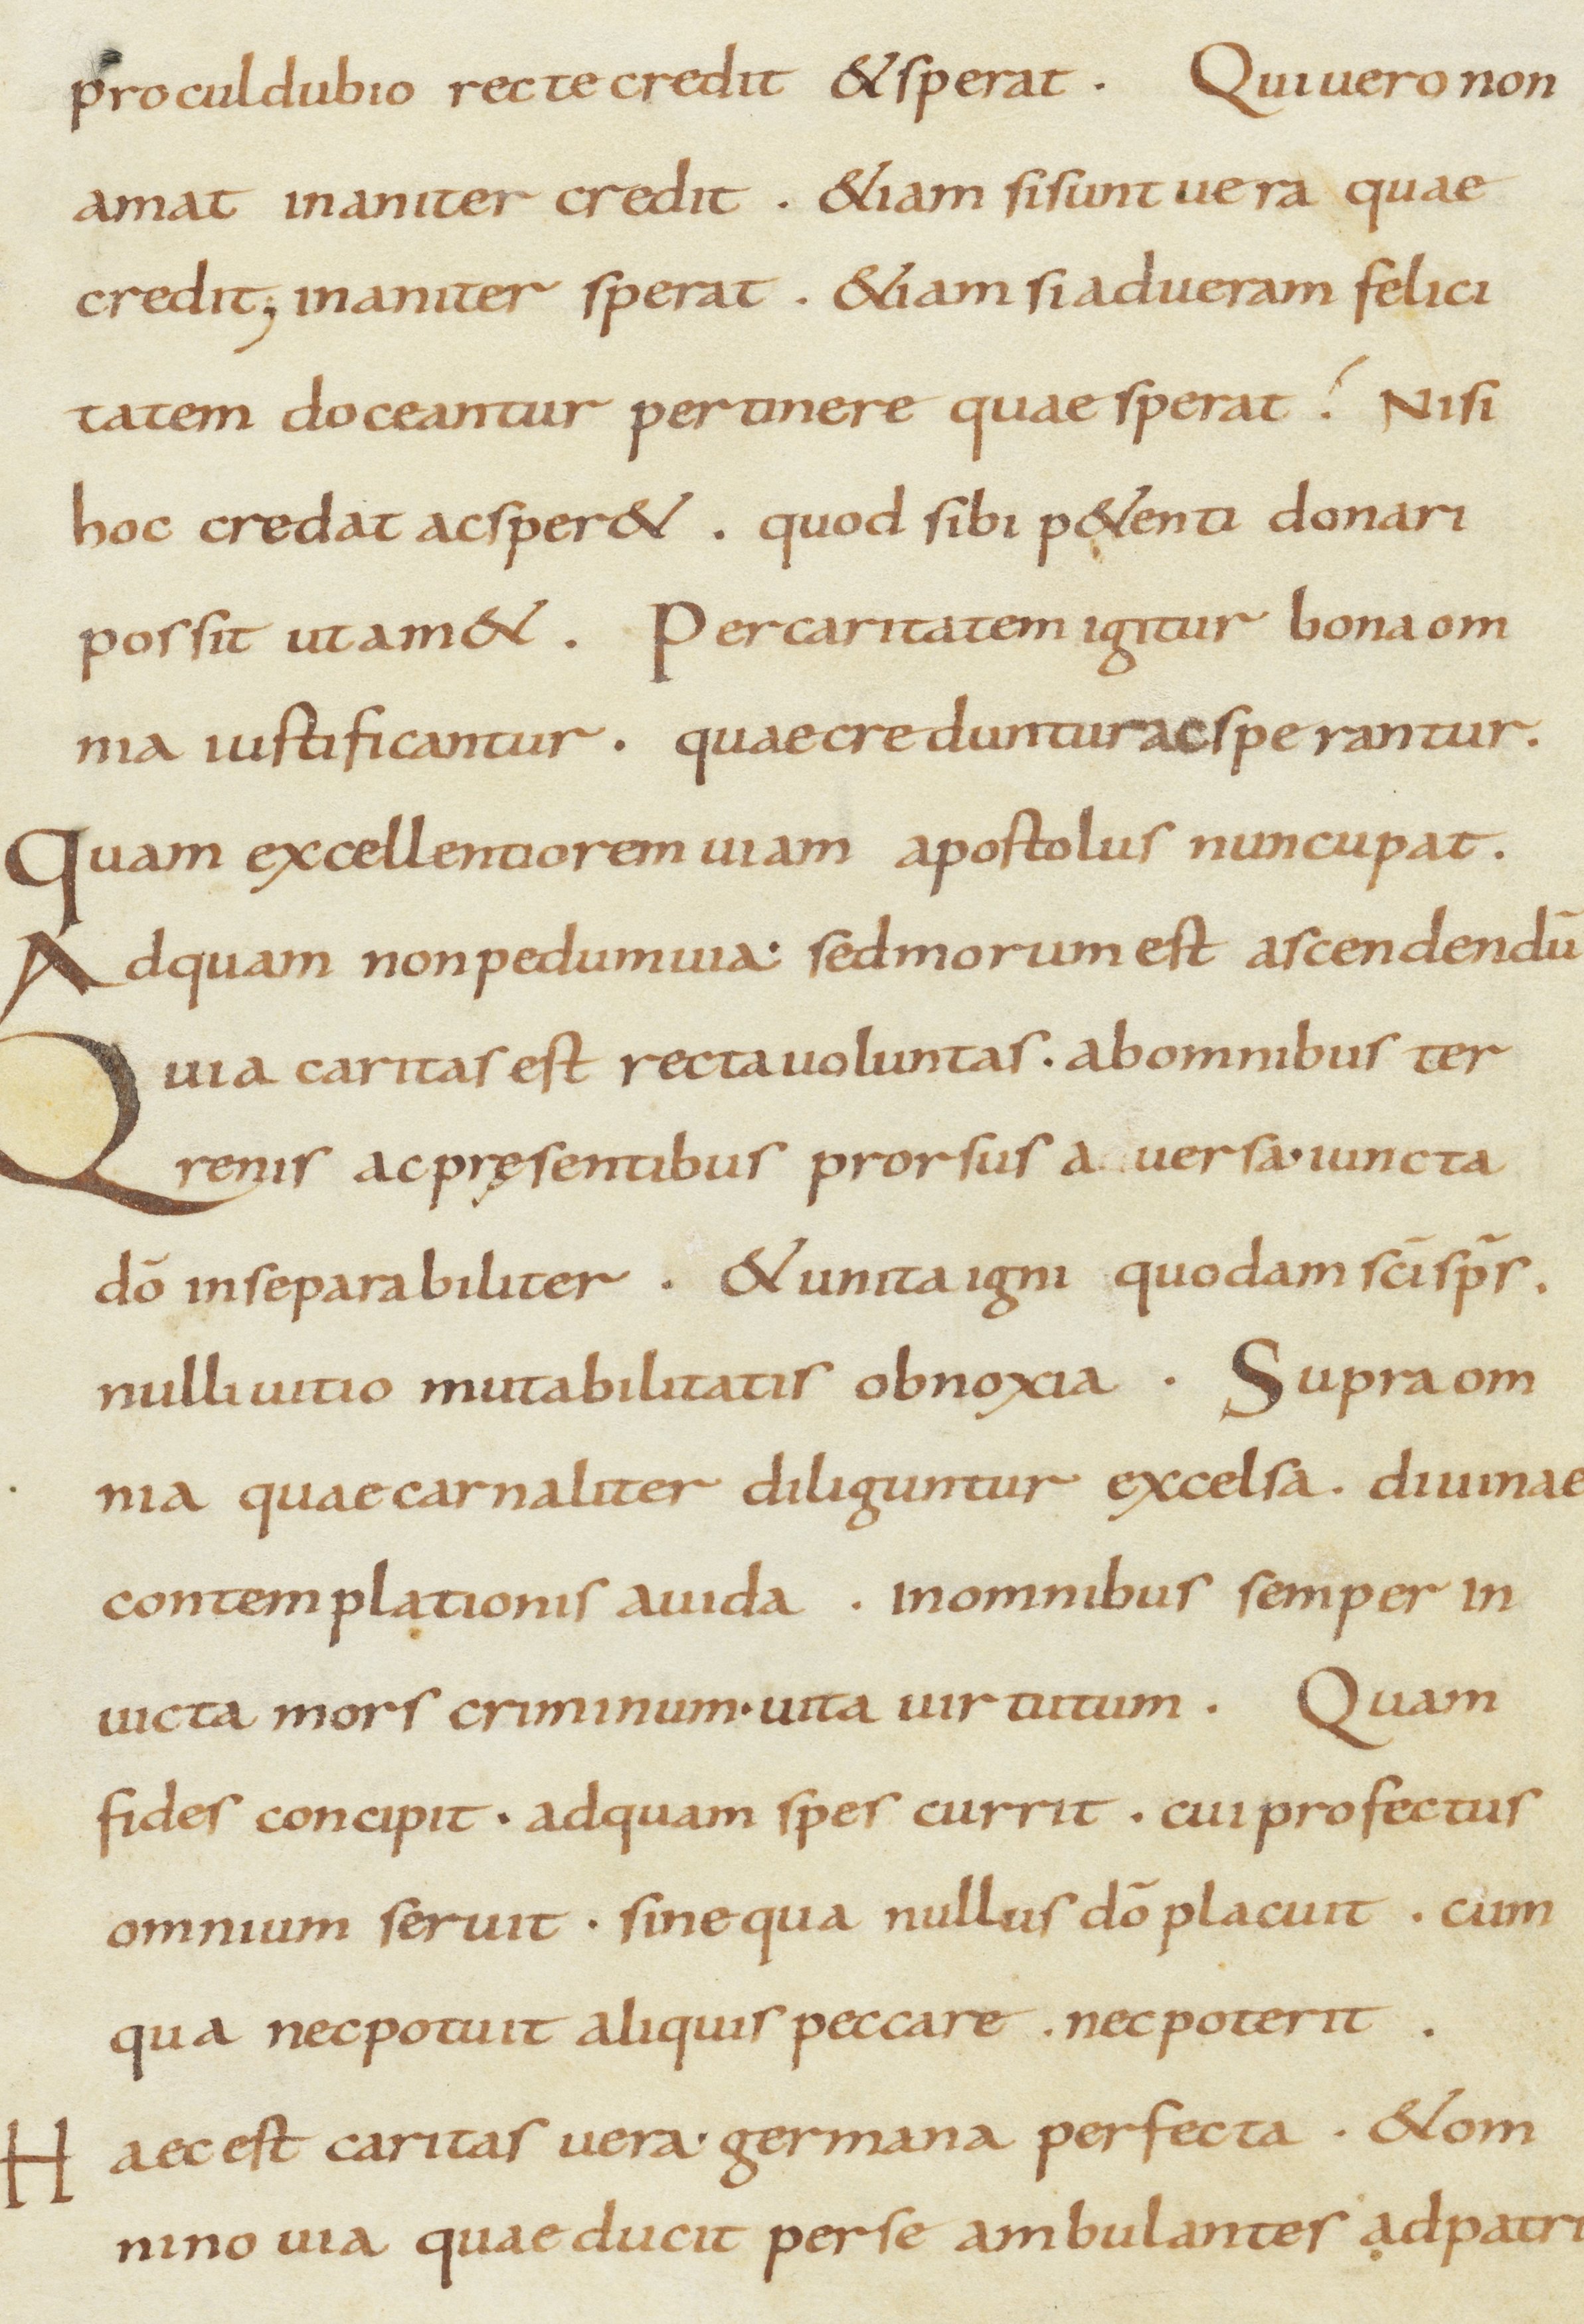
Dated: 800–899